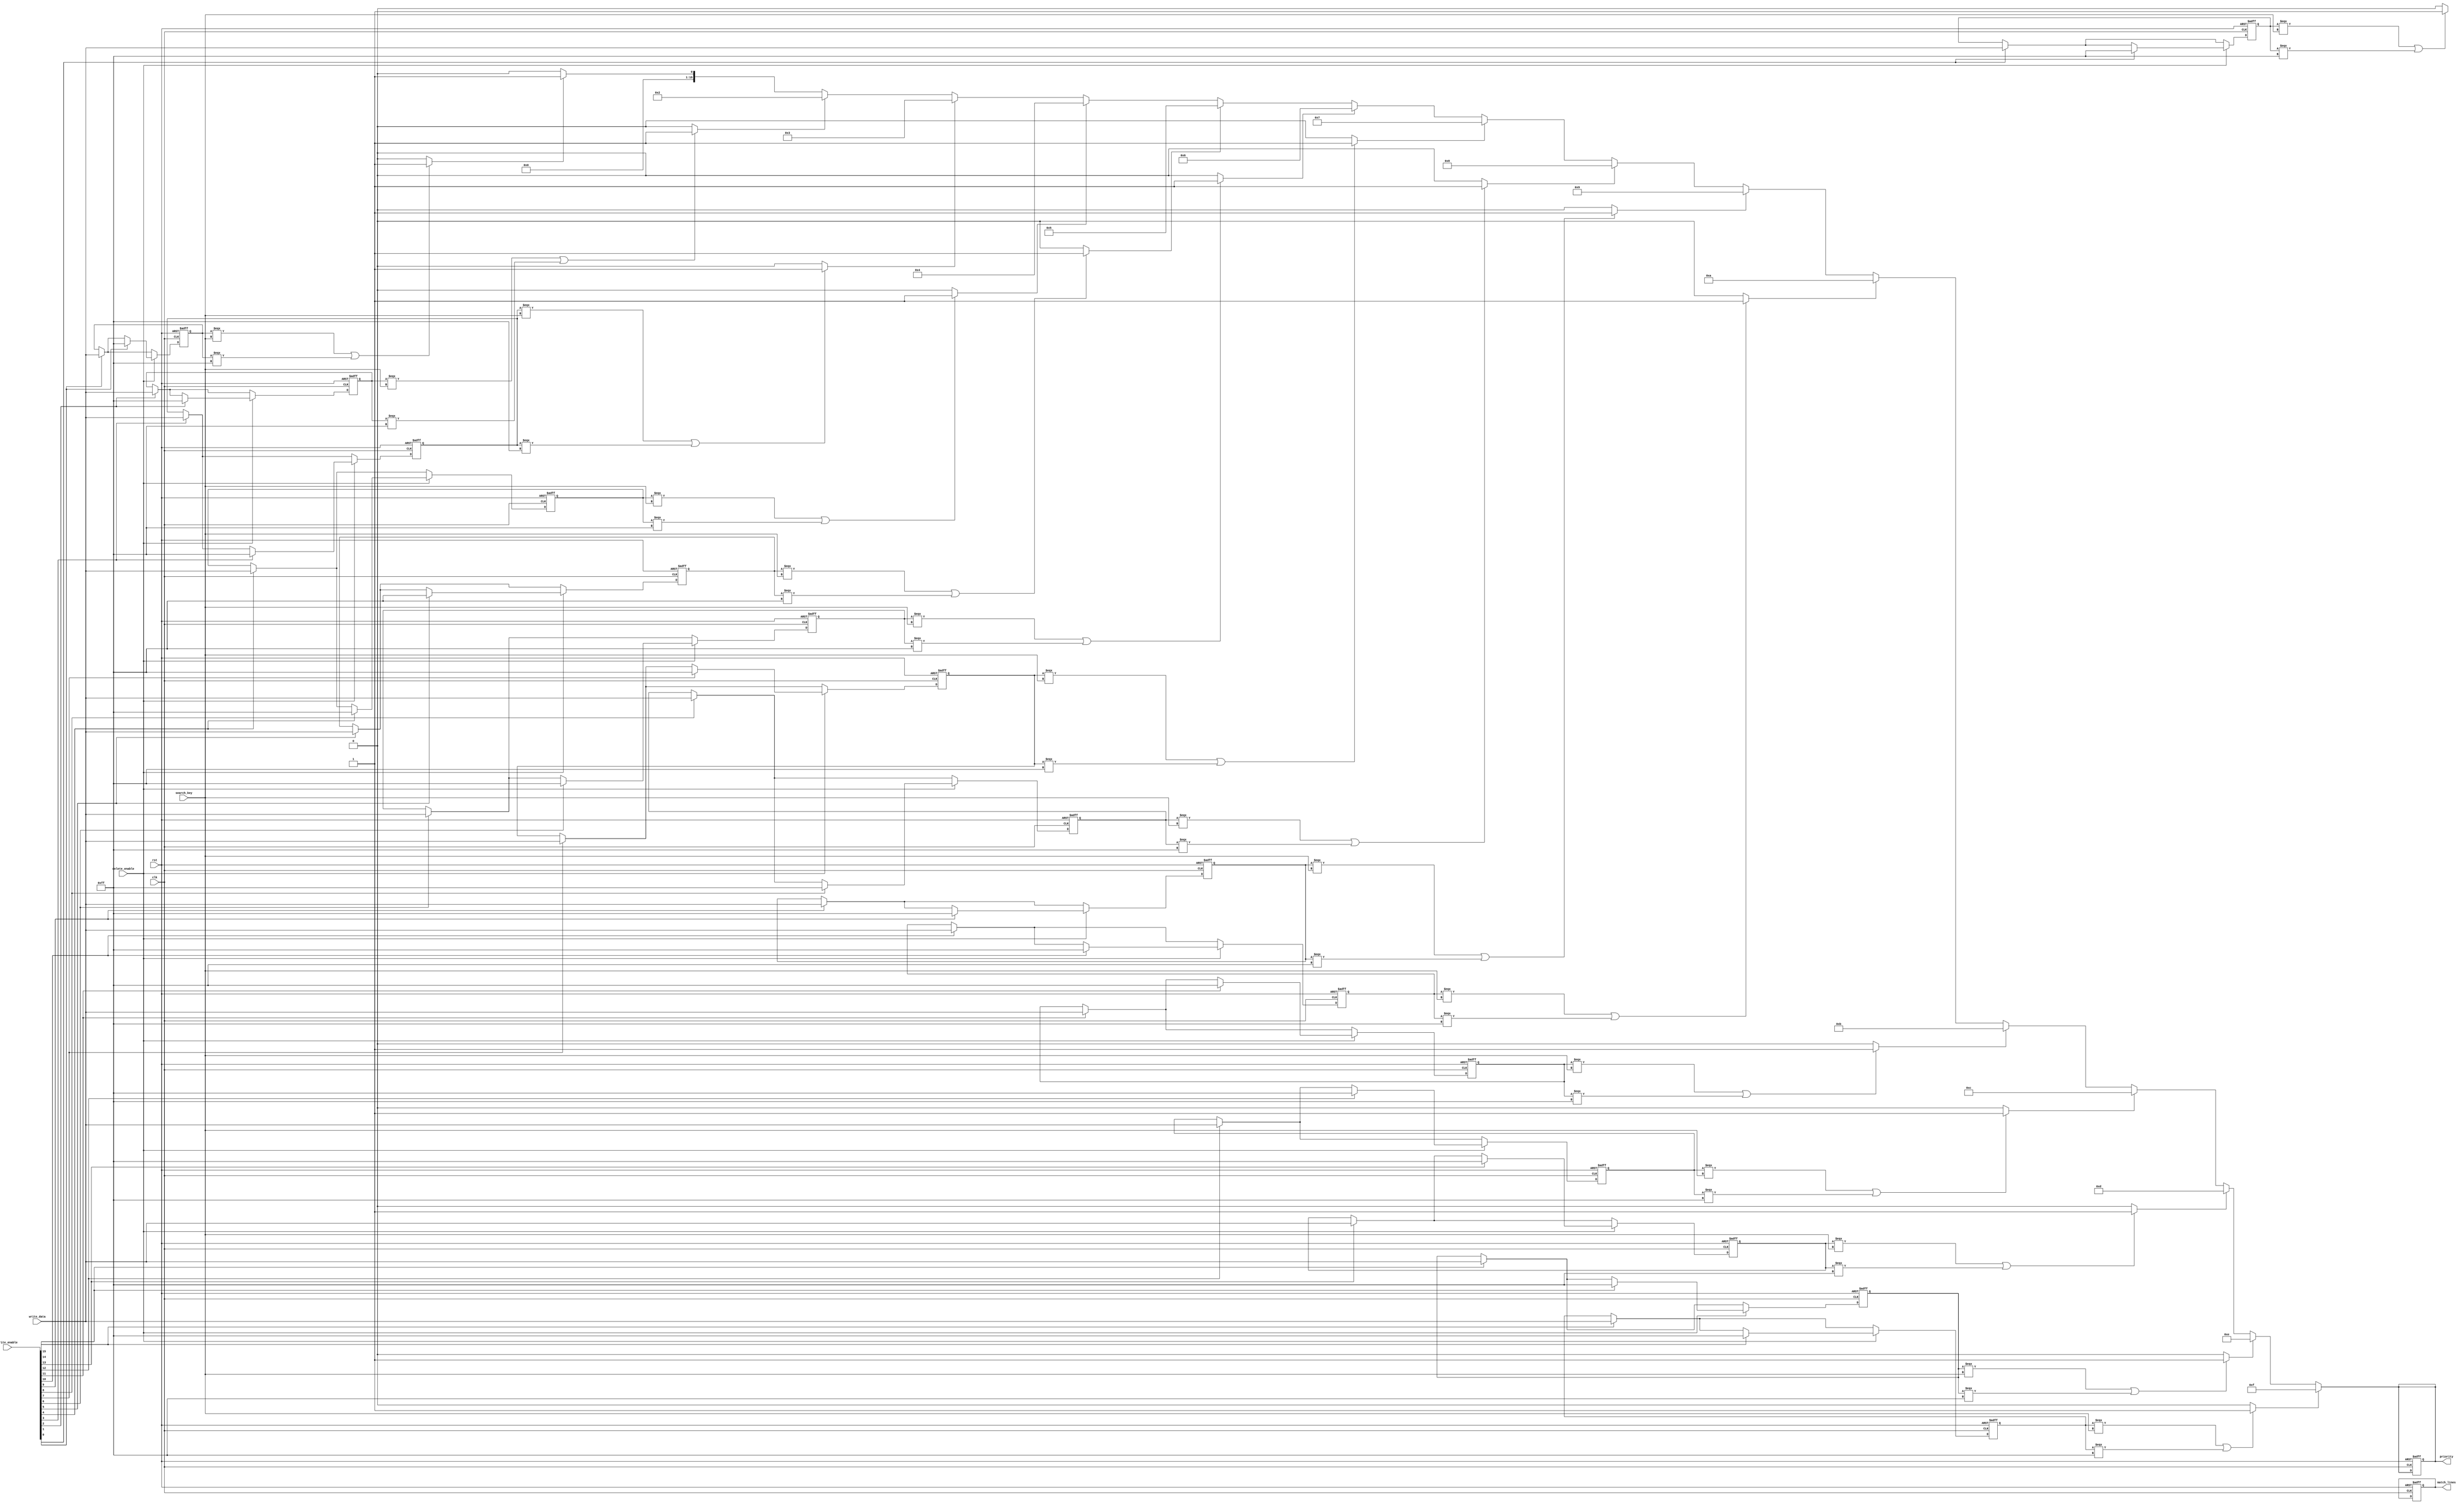
module tcam #(
    parameter WIDTH = 8,      // Width of each entry
    parameter DEPTH = 16      // Number of entries in the TCAM
)(
    input wire clk,           // Clock signal
    input wire rst,           // Reset signal
    input wire [WIDTH-1:0] search_key, // Search key input
    input wire [WIDTH-1:0] write_data, // Data to write
    input wire [DEPTH-1:0] write_enable, // Write enable for each entry
    input wire delete_enable,  // Enable delete operation
    output reg [DEPTH-1:0] match_lines, // Match lines output
    output reg [DEPTH-1:0] priority // Priority output for matching entries
);

    // Memory array to store TCAM entries
    reg [WIDTH-1:0] tcam_array [0:DEPTH-1];

    // Internal signals
    reg [DEPTH-1:0] match_temp;
    integer i;

    // Write Logic
    always @(posedge clk or posedge rst) begin
        if (rst) begin
            // Reset TCAM entries to 'X' (represented as all 1s for simplicity)
            for (i = 0; i < DEPTH; i = i + 1) begin
                tcam_array[i] <= {WIDTH{1'b1}}; // All bits set to 1 (X state)
            end
            match_lines <= 0;
            priority <= 0;
        end else begin
            // Write new entries
            for (i = 0; i < DEPTH; i = i + 1) begin
                if (write_enable[i]) begin
                    tcam_array[i] <= write_data;
                end
            end
            
            // Handle delete operation
            if (delete_enable) begin
                for (i = 0; i < DEPTH; i = i + 1) begin
                    if (write_enable[i]) begin
                        tcam_array[i] <= {WIDTH{1'b1}}; // Set to 'X'
                    end
                end
            end
        end
    end

    // Search Logic
    always @(*) begin
        match_temp = 0; // Clear match temporary register
        for (i = 0; i < DEPTH; i = i + 1) begin
            // Check for matches
            if ((tcam_array[i] === search_key) || (tcam_array[i] === {WIDTH{1'b1}})) begin
                match_temp[i] = 1'b1; // Match found
            end
        end
        match_lines = match_temp; // Update match lines
    end

    // Priority Encoder Logic (simple implementation)
    always @(*) begin
        priority = 0; // Clear priority output
        for (i = 0; i < DEPTH; i = i + 1) begin
            if (match_temp[i]) begin
                priority = i; // Set priority to the highest matching entry
            end
        end
    end

endmodule